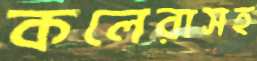
কলেরাসহ